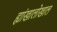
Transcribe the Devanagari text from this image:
ह्यांखालोखाल